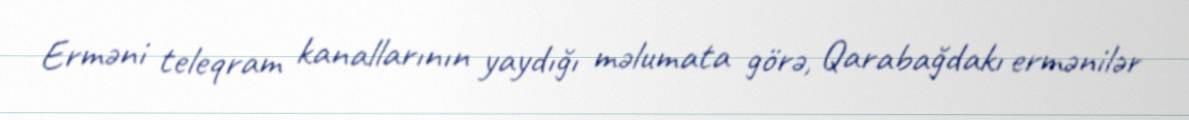
Erməni teleqram kanallarının yaydığı məlumata görə, Qarabağdakı ermənilər